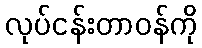
လုပ်ငန်းတာဝန်ကို